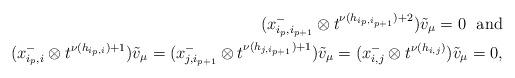
LaTeX: \begin{align*} (x^-_{i_p,i_{p+1}}\otimes t^{\nu(h_{i_p,i_{p+1}})+2})\tilde v_\mu= 0 \ \ {\rm and} \\ (x^-_{i_p, i}\otimes t^{\nu(h_{i_p,i})+1})\tilde v_\mu = (x^-_{j, i_{p+1}}\otimes t^{\nu(h_{j,i_{p+1}})+1})\tilde v_\mu= (x^-_{i,j}\otimes t^{\nu(h_{i,j})})\tilde v_\mu=0,\end{align*}